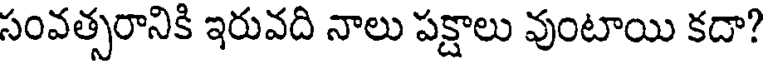
సంవత్సరానికి ఇరువది నాలు పక్షాలు వుంటాయి కదా?